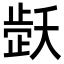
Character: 𬆇